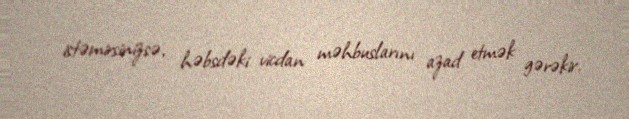
istəmirsinizsə, həbsdəki vicdan məhbuslarını azad etmək gərəkir.